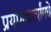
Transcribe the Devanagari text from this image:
प्रयोगकर्त्यांमधे